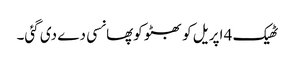
ٹھیک 4 اپریل کو بھٹو کوپھانسی دے دی گئی۔